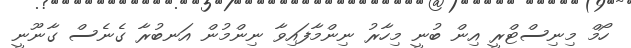
ހޯމް މިނިސްޓްރީ އިން ބުނީ މިހާރު ނިންމާފައިވާ ނިންމުން އަނބުރާ ގެނެސް ގާނޫނީ